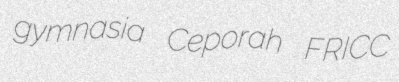
gymnasia Ceporah FRICC